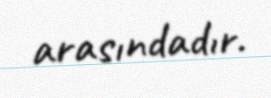
arasındadır.